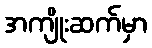
အကျိုးဆက်မှာ